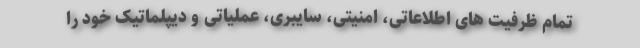
تمام ظرفیت های اطلاعاتی، امنیتی، سایبری، عملیاتی و دیپلماتیک خود را